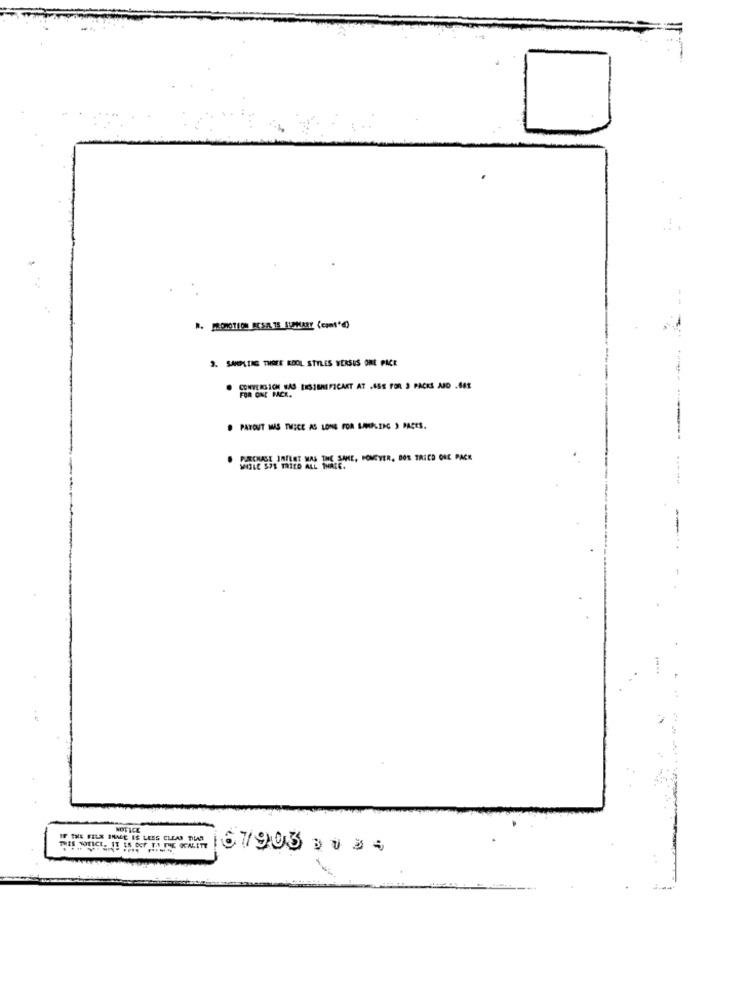
3. SAMPLING THOSE KOOL STYLES VERSUS ONE PACE
CONVERSION WAS INSIGNIFICANT AT .SSE FOR 2 PACKS AJO .681
FOR ONE PACK.
PATOUT MAS THECE AS LONG FOR SAMPLING ) PACES.
. .
WIGLE SOS WHILE WAS THE SAME, POMEYER, DOS TRIED ONE PACK
IF THE FELX INALE IS LESS CLEAR TILE
THIS NOTICE. IT ES Dor TAN THE QUALITY
67903 3035